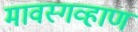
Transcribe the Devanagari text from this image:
मावस्गव्हाण